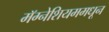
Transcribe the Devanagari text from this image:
मॅग्नेशियममधून